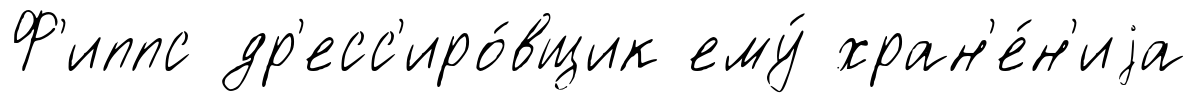
Ф'иппс др'есс'иро́вщик ему́ хран'е́н'иjа